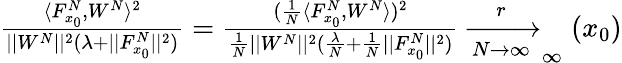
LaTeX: \begin{array}{r}{\frac{\langle F_{x_{0}}^{N},W^{N}\rangle^{2}}{||W^{N}||^{2}(\lambda+||F_{x_{0}}^{N}||^{2})}=\frac{(\frac{1}{N}\langle F_{x_{0}}^{N},W^{N}\rangle)^{2}}{\frac{1}{N}||W^{N}||^{2}(\frac{\lambda}{N}+\frac{1}{N}||F_{x_{0}}^{N}||^{2})}\xrightarrow[N\rightarrow\infty]r_{\infty}(x_{0})}\end{array}